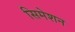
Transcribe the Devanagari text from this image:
सिमेशन